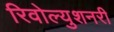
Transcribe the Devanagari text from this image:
रिवोल्युशनरी